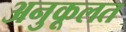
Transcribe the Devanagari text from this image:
अनुकूलत